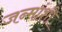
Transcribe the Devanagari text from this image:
जन्मांशी